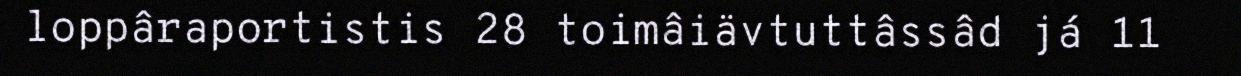
loppâraportistis 28 toimâiävtuttâssâd já 11